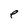
Character: e